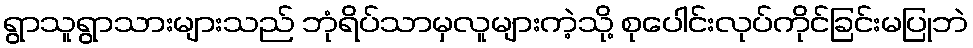
ရွာသူရွာသားများသည် ဘုံရိပ်သာမှလူများကဲ့သို့ စုပေါင်းလုပ်ကိုင်ခြင်းမပြုဘဲ